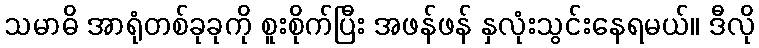
သမာဓိ အာရုံတစ်ခုခုကို စူးစိုက်ပြီး အဖန်ဖန် နှလုံးသွင်းနေရမယ်။ ဒီလို